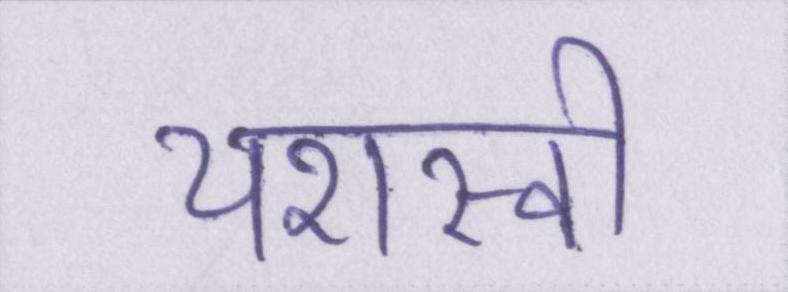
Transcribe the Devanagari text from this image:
यशस्वी